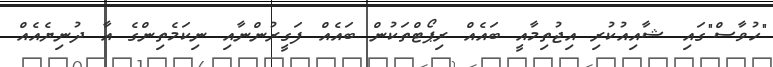
"ހުވާސް"ގައި ޝާއިއުކުރި އިޖުތިމާއީ ބައެއް ރިޕޯޓްތަކުން ބައެއް ފަގީރުންނާއި ނިކަމެތިންގެ އާ ދުނިޔެއެއް